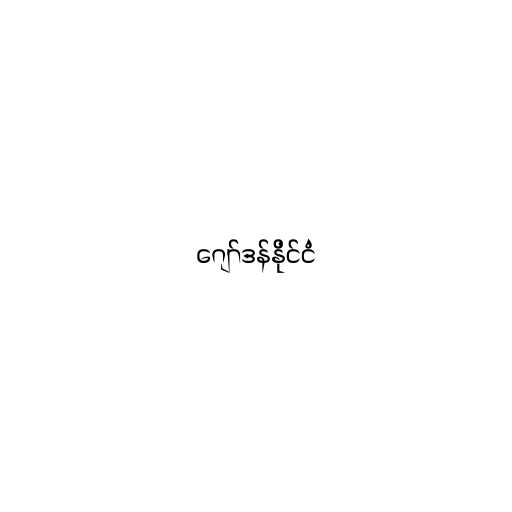
ဂျော်ဒန်နိုင်ငံ